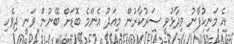
އެ މަނިކުފާނު ވިދާޅުވީ ސަރުކާރުން މިއަދު އެންމެ ބޮޑަށް ބޭނުން ވަނީ ދިވެހި